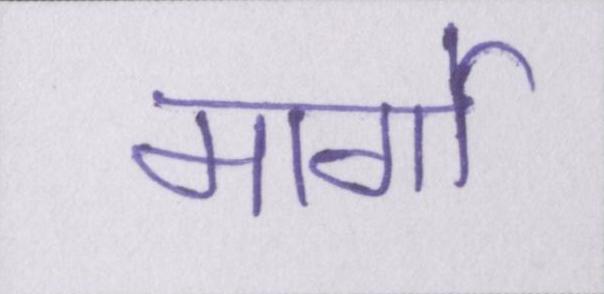
मार्गो